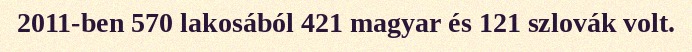
2011-ben 570 lakosából 421 magyar és 121 szlovák volt.